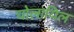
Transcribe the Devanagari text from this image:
चोलायिल